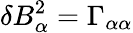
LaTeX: \delta B_{\alpha}^{2}=\Gamma_{\alpha\alpha}